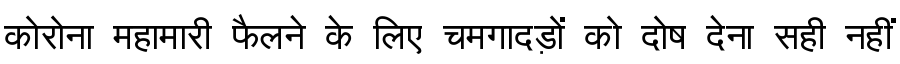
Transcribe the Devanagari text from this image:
कोरोना महामारी फैलने के लिए चमगादड़ों को दोष देना सही नहीं